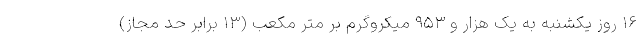
۱۶ روز یکشنبه به یک هزار و ۹۵۳ میکروگرم بر متر مکعب (۱۳ برابر حد مجاز)